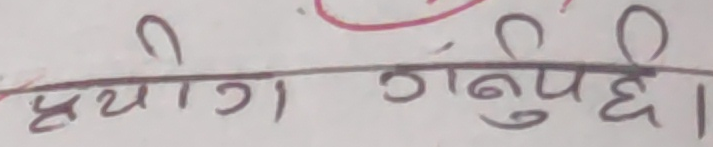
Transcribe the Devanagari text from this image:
प्रयोग गर्नुपर्छी।